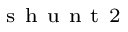
_ \mathrm { ~ s ~ h ~ u ~ n ~ t ~ 2 ~ }